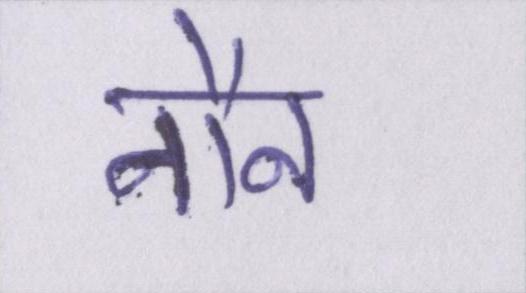
नौन